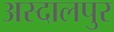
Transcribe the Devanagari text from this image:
अस्दालपुर